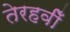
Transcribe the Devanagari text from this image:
तेरहवीँ